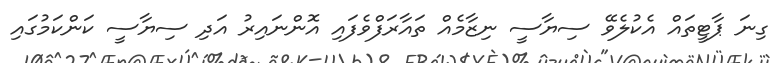
ގިނަ ޕާޓީތައް އެކުލެވޭ ސިޔާސީ ނިޒާމެއް ތައާރަފްވެފައި އޮންނައިރު އަދި ސިޔާސީ ކަންކަމުގައި